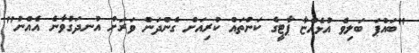
"ބައްޕަ ބަލިވެ އުޅެއްޏާ ޕާޓީގެ ކަންތައް ކުރިއަށް ގެންދަން ވަރަށް އުނދަގުވާނެ އެއްނު"